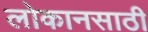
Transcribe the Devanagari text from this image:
लोकानसाठी